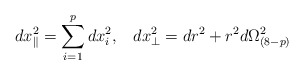
\begin{align*}dx^2_{\parallel}=\sum^p_{i=1}dx^2_i,\;\;\; dx^2_{\perp}=dr^2+r^2d\Omega^2_{(8-p)}\end{align*}